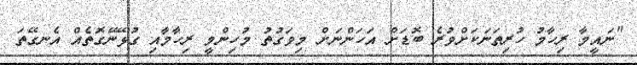
"ނައީމާ ރިހާމު ހުރިތަނަކަށްވުރެ ބޮޑަށް އަހަންނަށް މިވަގުތު މުހިންމީ ރިހާމާއި ގުޅޭނޭގޮތެއް އެނގޭތަ